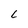
Character: L